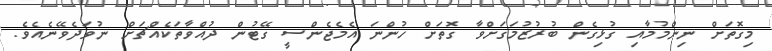
މިގޮތަށް ނިންމުމާއި ގުޅިގެން ބުރުޒުމަގަށްވާ ގޮތަށް ހުންނަ އެމެޖެންސީ ގޭޓުން ދުއްވާތަކެއްޗަށް ނުވަދެވޭނެއެވެ.